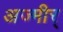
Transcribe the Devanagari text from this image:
अज्मीर्